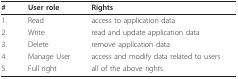
<table><thead><tr><td><b>#</b></td><td><b>User role</b></td><td><b>Rights</b></td></tr></thead><tbody><tr><td>1.</td><td>Read</td><td>access to application data</td></tr><tr><td>2.</td><td>Write</td><td>read and update application data</td></tr><tr><td>3.</td><td>Delete</td><td>remove application data</td></tr><tr><td>4.</td><td>Manage User</td><td>access and modify data related to users</td></tr><tr><td>5.</td><td>Full right</td><td>all of the above rights</td></tr></tbody></table>